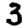
Digit: 3